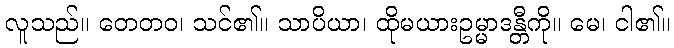
လူသည်။ တေတဝ၊ သင်၏။ သာပိယာ၊ ထိုမယားဥမ္မာဒန္တီကို။ မေ၊ ငါ၏။